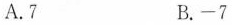
A.7 B.-7